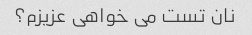
نان تست می خواهی عزیزم؟